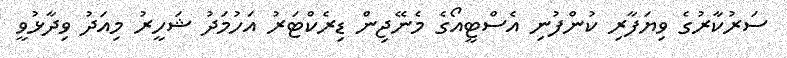
ސަރުކާރުގެ ވިޔަފާރި ކުންފުނި އެސްޓީއޯގެ މެނޭޖިން ޑިރެކްޓަރު އަހުމަދު ޝަހީރު މިއަދު ވިދާޅުވީ